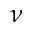
\nu